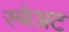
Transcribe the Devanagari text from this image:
स्वेअट